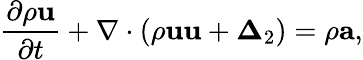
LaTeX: \frac{{\partial\rho{\mathbf{u}}}}{{\partial t}}+\nabla\cdot\left({\rho{\mathbf{uu}}+{{\boldsymbol{\Delta}}_{2}}}\right)=\rho\mathbf{a},